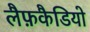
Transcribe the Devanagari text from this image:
लैफ़कैडियो